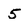
Character: 5